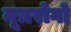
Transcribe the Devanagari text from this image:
मूत्ररोगो